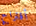
أقتراح